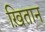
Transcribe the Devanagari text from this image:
ख़ितान